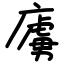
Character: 㢚